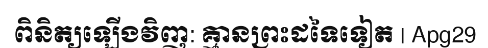
ពិនិត្យឡើងវិញ: គ្មានព្រះដទៃទៀត | Apg29